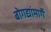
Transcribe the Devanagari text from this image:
बोगद्यांमार्गे